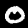
Digit: 0